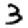
Digit: 3